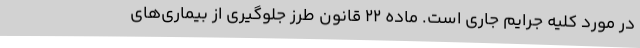
در مورد کلیه جرایم جاری است. ماده ۲۲ قانون طرز جلوگیری از بیماری‌های